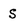
Character: S